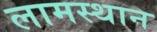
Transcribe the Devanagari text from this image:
लामस्थान